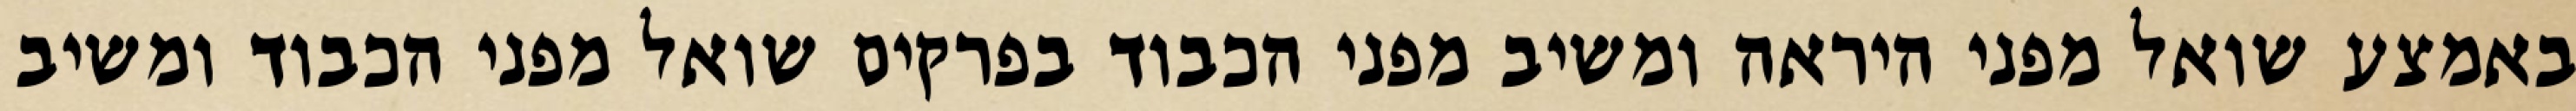
באמצע שואל מפני היראה ומשיב מפני הכבוד בפרקים שואל מפני הכבוד ומשיב